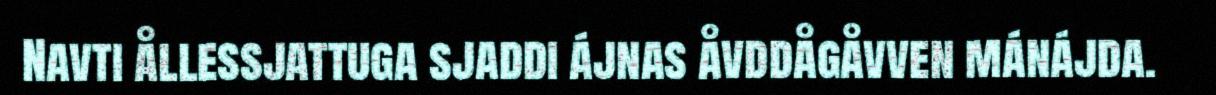
Navti ållessjattuga sjaddi ájnas åvddågåvven mánájda.